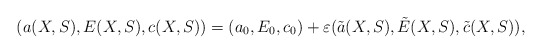
\begin{align*}(a(X,S),E(X,S),c(X,S))=(a_0,E_0,c_0)+\varepsilon(\tilde a(X,S),\tilde E(X,S),\tilde c(X,S)),\end{align*}